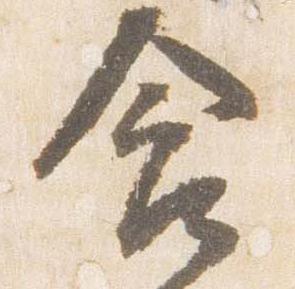
含